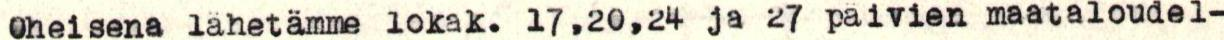
Oheisena lähetämme lokak. 17,20,24 ja 27 päivien maataloudel-